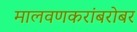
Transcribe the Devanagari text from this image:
मालवणकरांबरोबर